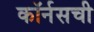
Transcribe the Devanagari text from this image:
कॉर्नसची